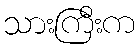
သားကြီးက